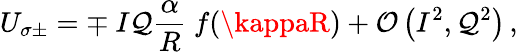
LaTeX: U_{\sigma\pm}=\mp\ I\mathcal{Q}\frac{{\alpha}}{{R}}\ f(\kappaR)+\mathcal{{O}}\left(I^{2},\mathcal{Q}^{2}\right)\, ,